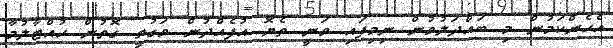
އެހެންކަމުން މި ބައްދަލުވުން ނިމިފައި ވަނީ ތެޔޮ އުފެއްދުން ވަގުތީ ގޮތުން ހުއްޓާލުމާ